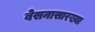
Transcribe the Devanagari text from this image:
बेसनासारख्या